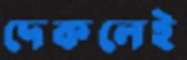
দেকলেই